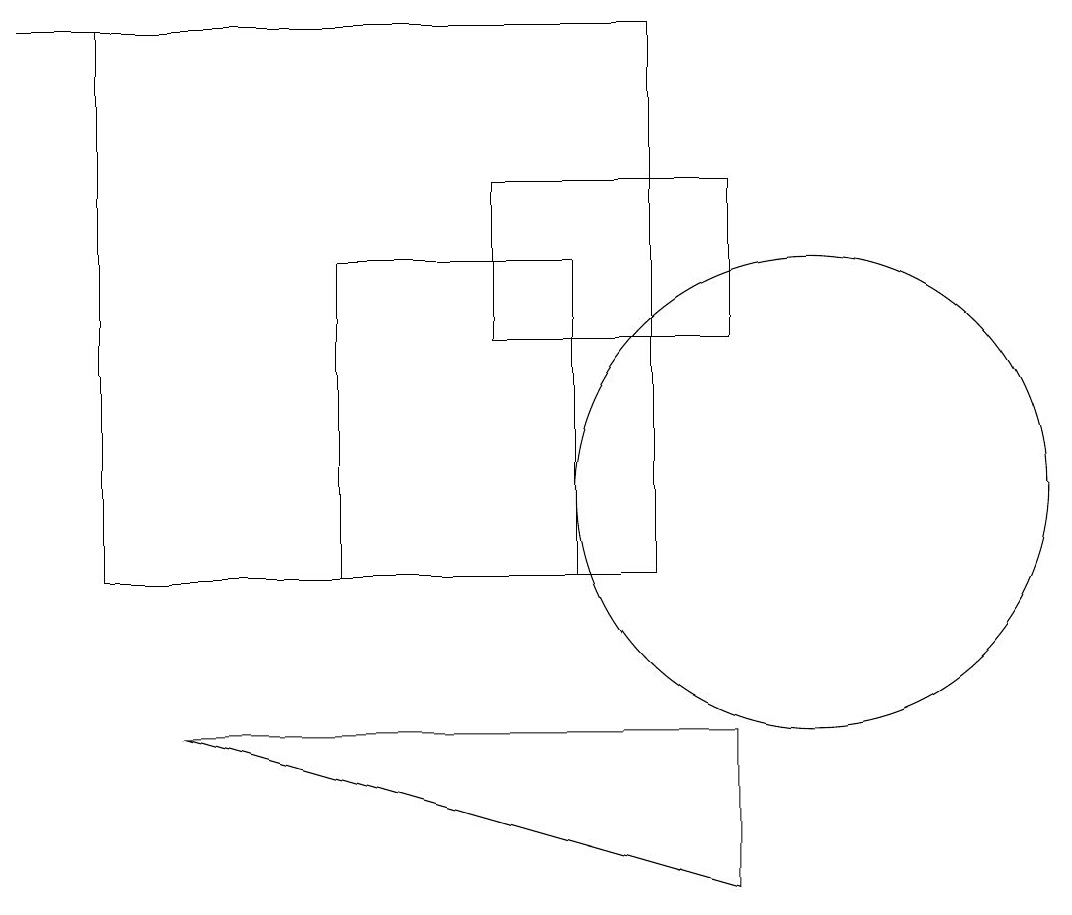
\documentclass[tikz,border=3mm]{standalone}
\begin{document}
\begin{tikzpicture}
\draw (0,18) rectangle (2,18);
\draw (10,12) circle (3);
\draw (8,11) rectangle (1,18);
\draw (7,11) rectangle (4,15);
\draw (2,9) -- (9,9) -- (9,7) -- cycle;
\draw (9,14) rectangle (6,16);
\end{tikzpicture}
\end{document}